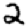
Digit: 2